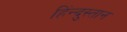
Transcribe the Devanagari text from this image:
हिंन्दुस्तान